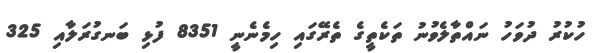
ހުކުރު ދުވަހު ނައްތާލެވުނު ތަކެތީގެ ތެރޭގައި ހިމެނެނީ 8351 ފުޅި ބަނގުރަލާއި 325